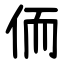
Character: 侕